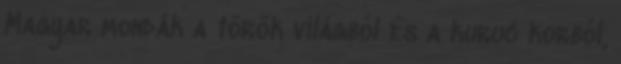
Magyar mondák a török világból és a kuruc korból,